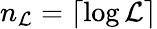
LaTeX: n_{\mathcal{L}}=\lceil\log\mathcal{L}\rceil